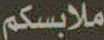
ملابسكم